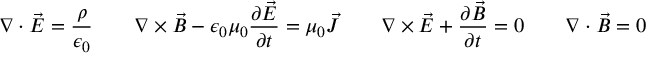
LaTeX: \nabla \cdot { \vec { E } } = { \frac { \rho } { \epsilon _ { 0 } } } \qquad \nabla \times { \vec { B } } - \epsilon _ { 0 } \mu _ { 0 } { \frac { \partial { \vec { E } } } { \partial t } } = \mu _ { 0 } { \vec { J } } \qquad \nabla \times { \vec { E } } + { \frac { \partial { \vec { B } } } { \partial t } } = 0 \qquad \nabla \cdot { \vec { B } } = 0